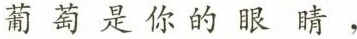
葡萄是你的眼睛，